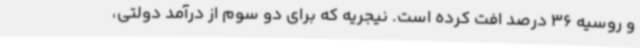
و روسیه 36 درصد افت کرده است. نیجریه که برای دو سوم از درآمد دولتی،